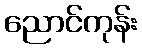
ညောင်ကုန်း